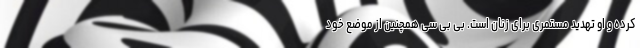
کرده و او تهدید مستمری برای زنان است. بی بی سی همچنین از موضع خود